system: You are a helpful assistant.
user:
Analyze the provided spectrum to determine if it is a **S-type Star**.

- **Key Indicators for S-type Star:**

    - **(Overall Spectrum Shape):** The first and most obvious characteristic is the overall continuum (the "baseline" shape). It is **extremely "red-sloping,"** meaning the flux (light intensity) is very low on the left side (blue, ~4000-4500 Å) and rises steeply and continuously toward the right side (red, ~7000 Å+).

    - **(Primary):** The spectrum is defined by the presence of strong, broad molecular absorption "valleys" (bands) from **Zirconium Oxide (ZrO)**. The identification of these bands is the **primary requirement** for classifying a star as S-type.
        - **(Key Bandheads):** You must find distinct, deep "dips" where the light has been absorbed. The most critical band systems to locate are:
            - **~6474 Å** ($\gamma$-system): This is often the strongest and clearest ZrO feature, found in the red part of the spectrum.
            - **~5718 Å** & **~5551 Å** ($\beta$-system): A pair of prominent absorption features in the yellow-orange part of the spectrum.
            - **~4640 Å** ($\alpha$-system): A key absorption band system in the blue-green region of the spectrum.

    - **(Secondary Confirmation):** The classification is strengthened by finding additional absorption bands from other related heavy element oxides, which are expected to be present alongside ZrO.
        - **(Key Bandheads):**
            - **Yttrium Oxide (YO):** Look for absorption dips near **~4800 Å** and **~6100 Å**.
            - **Lanthanum Oxide (LaO):** Additional absorption features, particularly in the red-orange part of the spectrum, are also characteristic.

    - **(Line Profile):** The combination of the steep red continuum and these numerous, deep molecular bands (ZrO, YO, etc.) gives the entire spectrum a very **"chopped-up"** or **"bumpy"** appearance. Instead of a smooth curve, the spectrum looks as though large, wide chunks of light have been "carved out" of it at the specific wavelengths listed above.

Think first, call **spectral_visualization_tool** if needed to examine features in detail, then provide your final answer. Your response must adhere to the following strict rules:
1.  **Overall Structure:** Your response must follow the format `<think>...</think> <tool_call>...</tool_call> (if a tool is used) <answer>...</answer>`.
2.  **Tool Usage Constraint:** You may only make **one** tool call per turn.
3.  **Final Answer Format:** In the `<answer>` tag, your conclusion must be inside a `\boxed{}` command (e.g., `\boxed{YES}` or `\boxed{NO}`), followed by your justification.

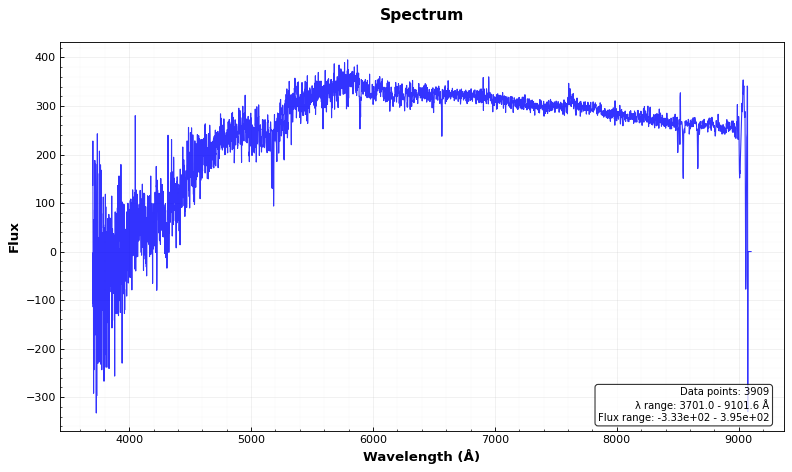
Answer: NO